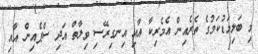
މި ބަލިމަޑުކަމުގެ ތެރެއިން އެމެރިކާ އާއި އިނގިރޭސި ވިލާތް އަދި ސްޕެއިން އާއި